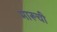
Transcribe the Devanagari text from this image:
मारूची